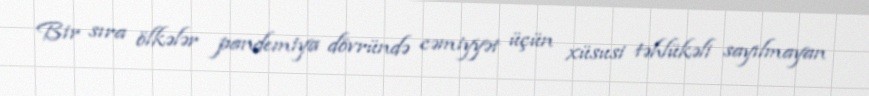
Bir sıra ölkələr pandemiya dövründə cəmiyyət üçün xüsusi təhlükəli sayılmayan